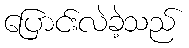
ပြောင်းလဲခဲ့သည်